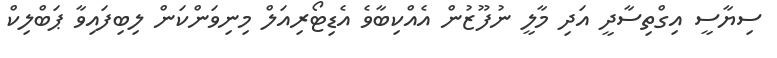
ސިޔާސީ އިގްތިސާދީ އަދި މާލީ ނުފޫޒުން އެއްކިބާވެ އެޑިޓޯރިއަލް މިނިވަންކަން ލިބިފައިވާ ޕަބްލިކް